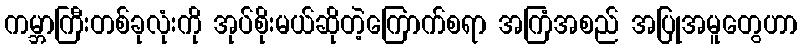
ကမ္ဘာကြီးတစ်ခုလုံးကို အုပ်စိုးမယ်ဆိုတဲ့ကြောက်စရာ အကြံအစည် အပြုအမူတွေဟာ